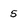
Character: 5